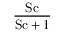
\displaystyle \frac { \ensuremath { \mathrm { S c } } } { \ensuremath { \mathrm { S c } } + 1 }